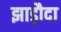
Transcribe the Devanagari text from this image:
झाड़ौदा